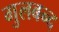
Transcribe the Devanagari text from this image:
गुलबन्द